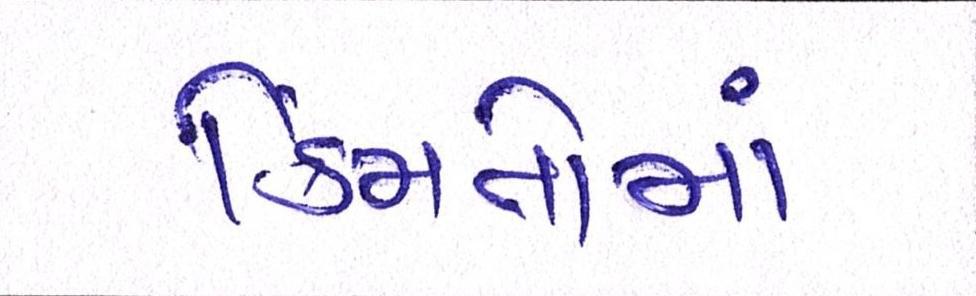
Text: કિંમતોમાં